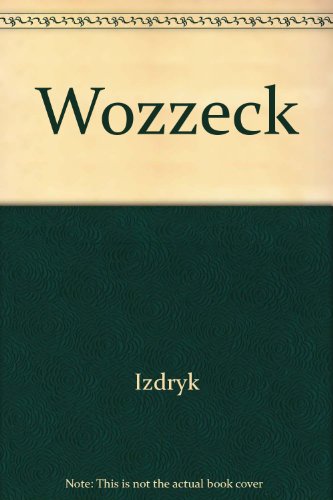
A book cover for Wozzeck; Izdryk; Literature & Fiction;